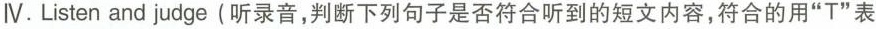
Ⅳ. Listen and judge (听录音,判断下列句子是否符合听到的短文内容,符合的用"T"表